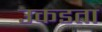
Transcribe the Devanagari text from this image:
उकडता